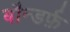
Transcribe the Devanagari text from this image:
बौन्डर्फ़